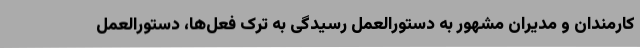
کارمندان و مدیران مشهور به دستورالعمل رسیدگی به ترک فعل‌ها، دستورالعمل